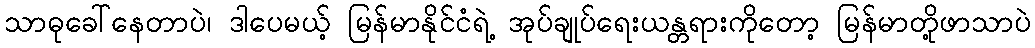
သာဓုခေါ်နေတာပဲ၊ ဒါပေမယ့် မြန်မာနိုင်ငံရဲ့ အုပ်ချုပ်ရေးယန္တရားကိုတော့ မြန်မာတို့ဖာသာပဲ